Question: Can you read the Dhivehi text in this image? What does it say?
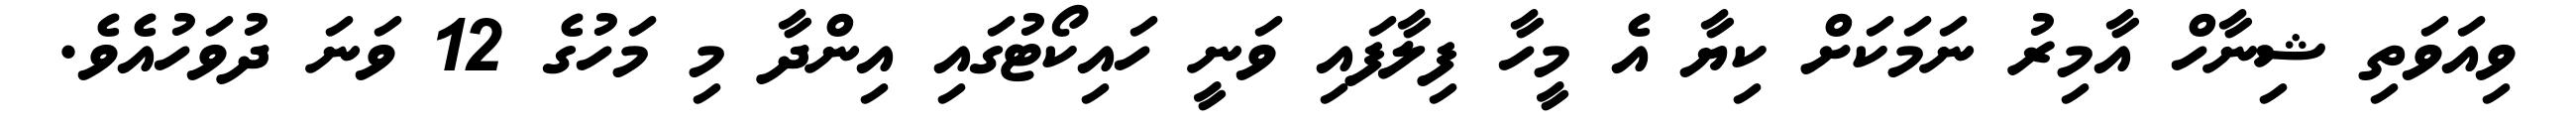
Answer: ވިއަވަތި ޝިނާހް އާމިރު ނަމަކަށް ކިޔާ އެ މީހާ ފިލާފައި ވަނީ ހައިކޯޓުގައި އިންދާ މި މަހުގެ 12 ވަނަ ދުވަހުއެވެ.